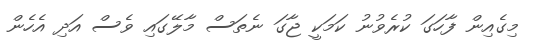
މިގެއިން ފާހަގަ ކުރެވުނު ކަމަކީ ޖާގަ ނެތަސް މާލޭގައި ވެސް އަދި އެހެން